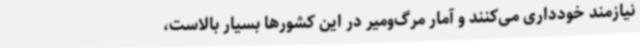
نیازمند خودداری می‌کنند و آمار مرگ‌ومیر در این کشورها بسیار بالاست،